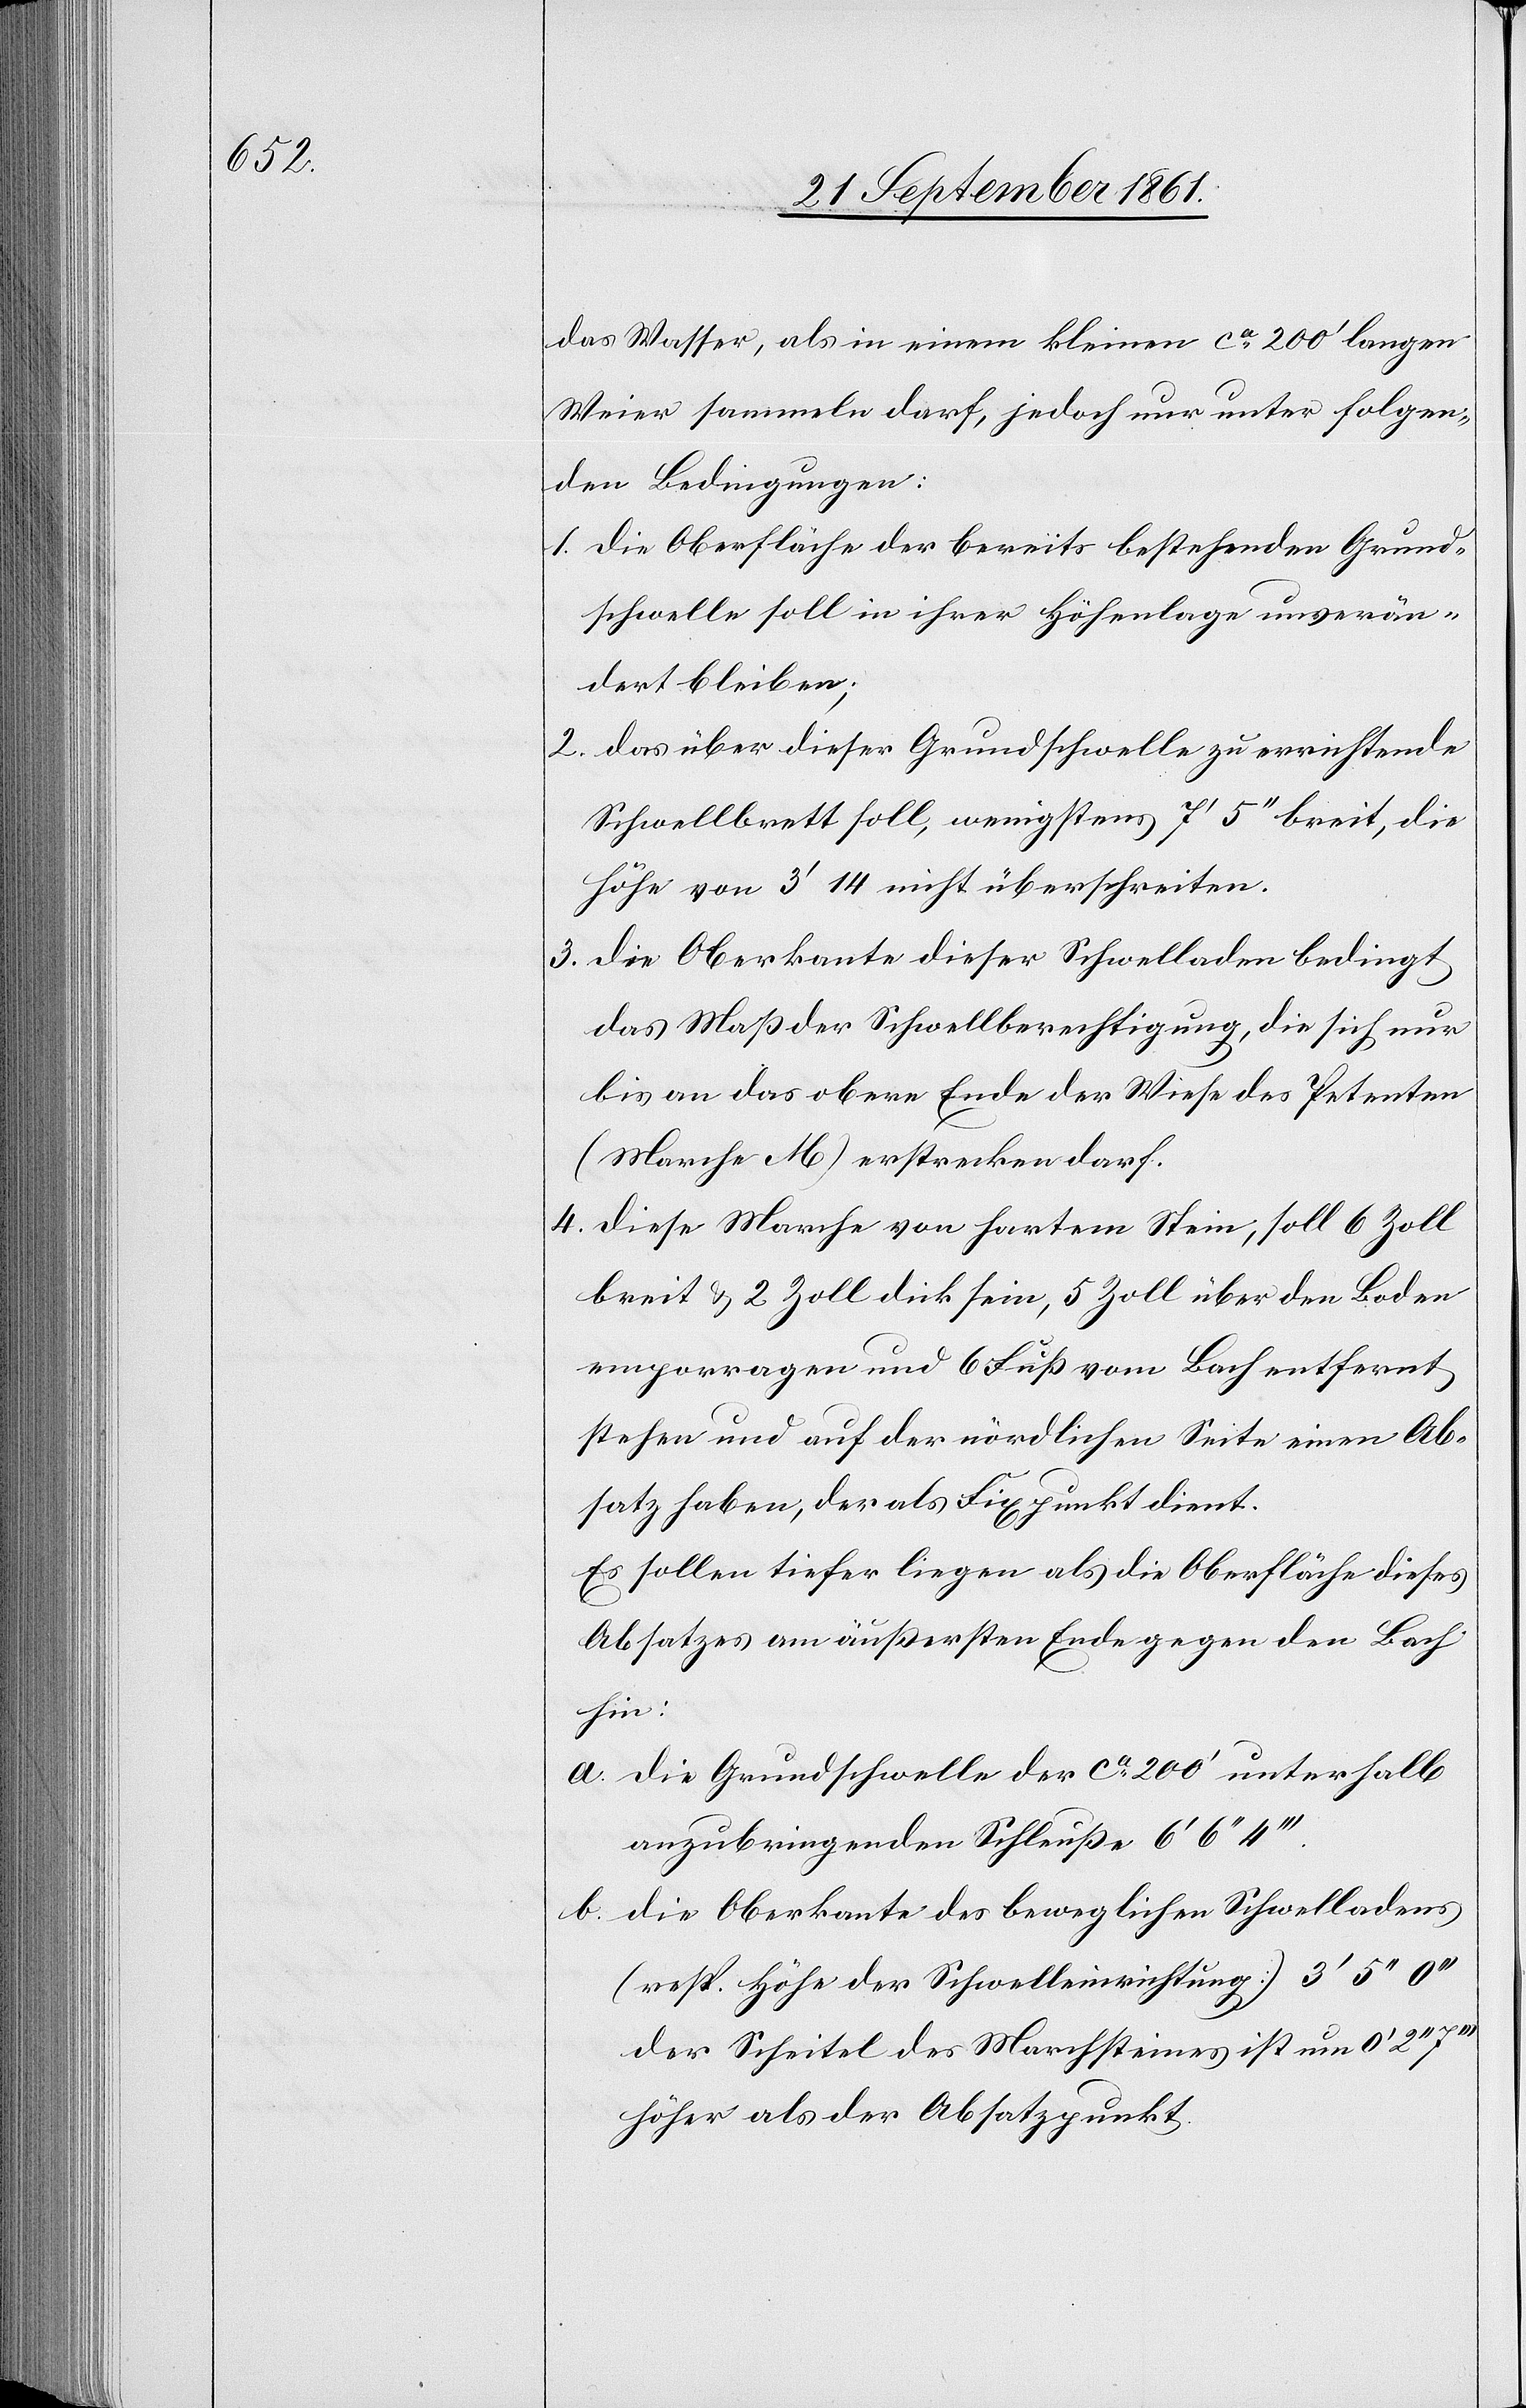
das Wasser, als in einem kleinen ca 200’ langen
Weier sammeln darf, jedoch nur unter folgen¬
den Bedingungen:
1. die Oberfläche der bereits bestehenden Grund¬
schwelle soll in ihrer Höhenlage unverän¬
dert bleiben;
2. das über diese Grundschwelle zu errichtende
Schwellbrett soll, wenigstens 7’ 5“ breit, die
Höhe von 3’ 14 nicht überschreiten.
3. die Oberkante dieser Schwelladen bedingt
das Maß der Schwellberichtigung, die sich nur
bis an das obere Ende der Wiese des Petenten
(Marche M) erstrecken darf.
4. diese Marche von hartem Stein, soll 6 Zoll
breit u. 2 Zoll dick sein, 5 Zoll über den Boden
emporragen und 6 Fuß vom Bach entfernt
stehen und auf der nördlichen Seite einen Ab¬
satz haben, der als Fixpunkt dient.
Es sollen tiefer liegen als die Oberfläche dieses
Absatzes am äußersten Ende gegen den Bach
hin:
a. die Grundschwelle der ca 200’ unterhalb
anzubringenden Schleuße 6’ 6“ 4’’’.
b. die Oberkante des beweglichen Schwelladens
(resp. Höhe der Schwelleinrichtung) 3’ 5“
der Scheitel des Marchsteines ist um 0’ 2“
höher als der Absatzpunkt.